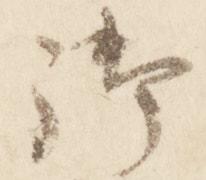
御